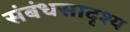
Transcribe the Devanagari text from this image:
संबंधसादृश्य